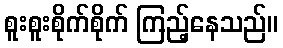
စူးစူးစိုက်စိုက် ကြည့်နေသည်။